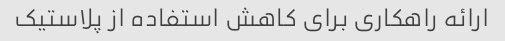
ارائه راهکاری برای کاهش استفاده از پلاستیک